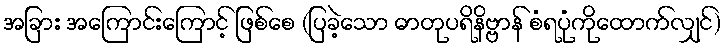
အခြား အကြောင်းကြောင့် ဖြစ်စေ (ပြခဲ့သော ဓာတုပရိနိဗ္ဗာန် စံရပုံကိုထောက်လျှင်)